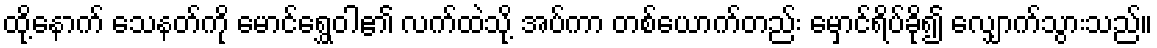
ထို့နောက် သေနတ်ကို မောင်ရွှေဝါ၏ လက်ထဲသို့ အပ်ကာ တစ်ယောက်တည်း မှောင်ရိပ်ခို၍ လျှောက်သွားသည်။